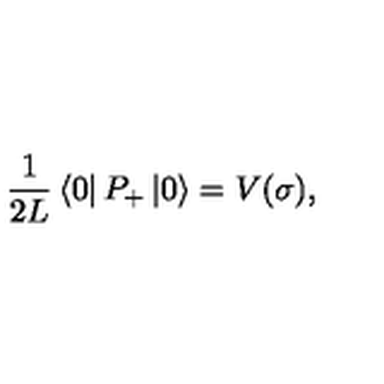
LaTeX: { \frac { 1 } { 2 L } } \left\langle 0 \right\vert P _ { + } \left\vert 0 \right\rangle = V ( \sigma ) ,